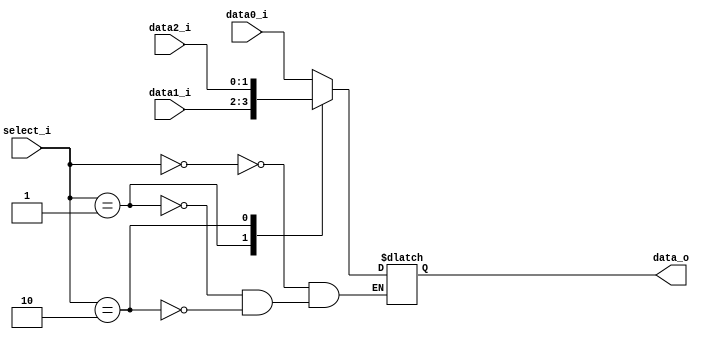
//Subject:     CO project 2 - MUX 2to1
//--------------------------------------------------------------------------------
//Version:     1
//--------------------------------------------------------------------------------
//Writer:      0616086
//----------------------------------------------
//----------------------------------------------
//Description: 
//--------------------------------------------------------------------------------
     
module MUX_3to1(
               data0_i,
               data1_i,
			   data2_i,
               select_i,
               data_o
               );	   
			
parameter size = 0;	
			
//I/O ports               
input	[size-1:0]   data0_i;          
input	[size-1:0]   data1_i;
input	[size-1:0]   data2_i;
input   [1:0]		 select_i;
output	[size-1:0]   data_o; 

reg		[size-1:0]	 data_o;

always@(*)begin
	case(select_i)
		2'b00:	data_o<=data0_i;
		2'b01:	data_o<=data1_i;
		2'b10:	data_o<=data2_i;
	endcase
end
endmodule